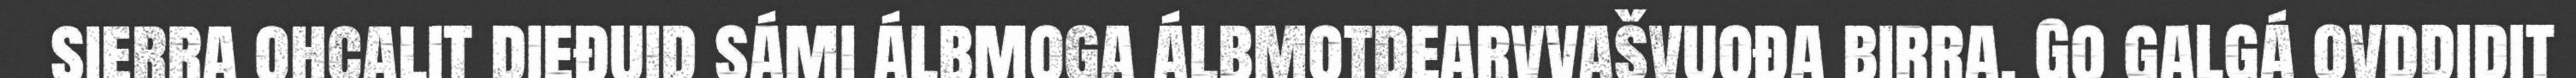
sierra ohcalit dieđuid sámi álbmoga álbmotdearvvašvuođa birra. Go galgá ovddidit